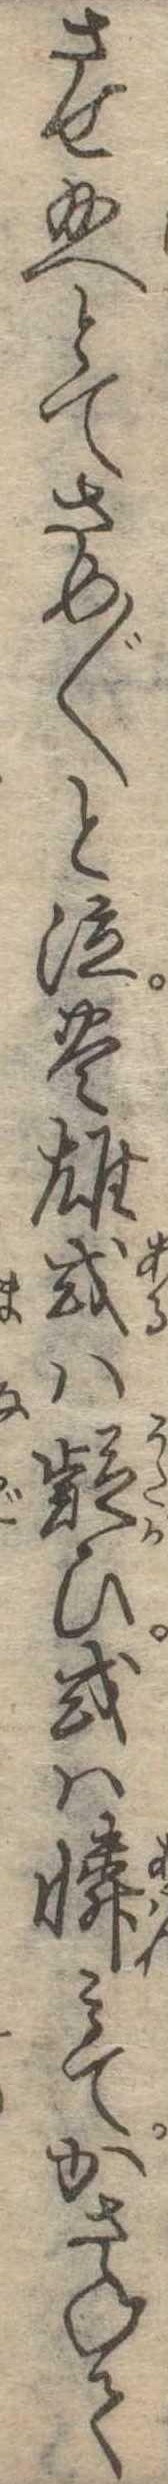
させ給へとてさめ〱と泣豊雄或は疑ひ或は憐みてかさねて